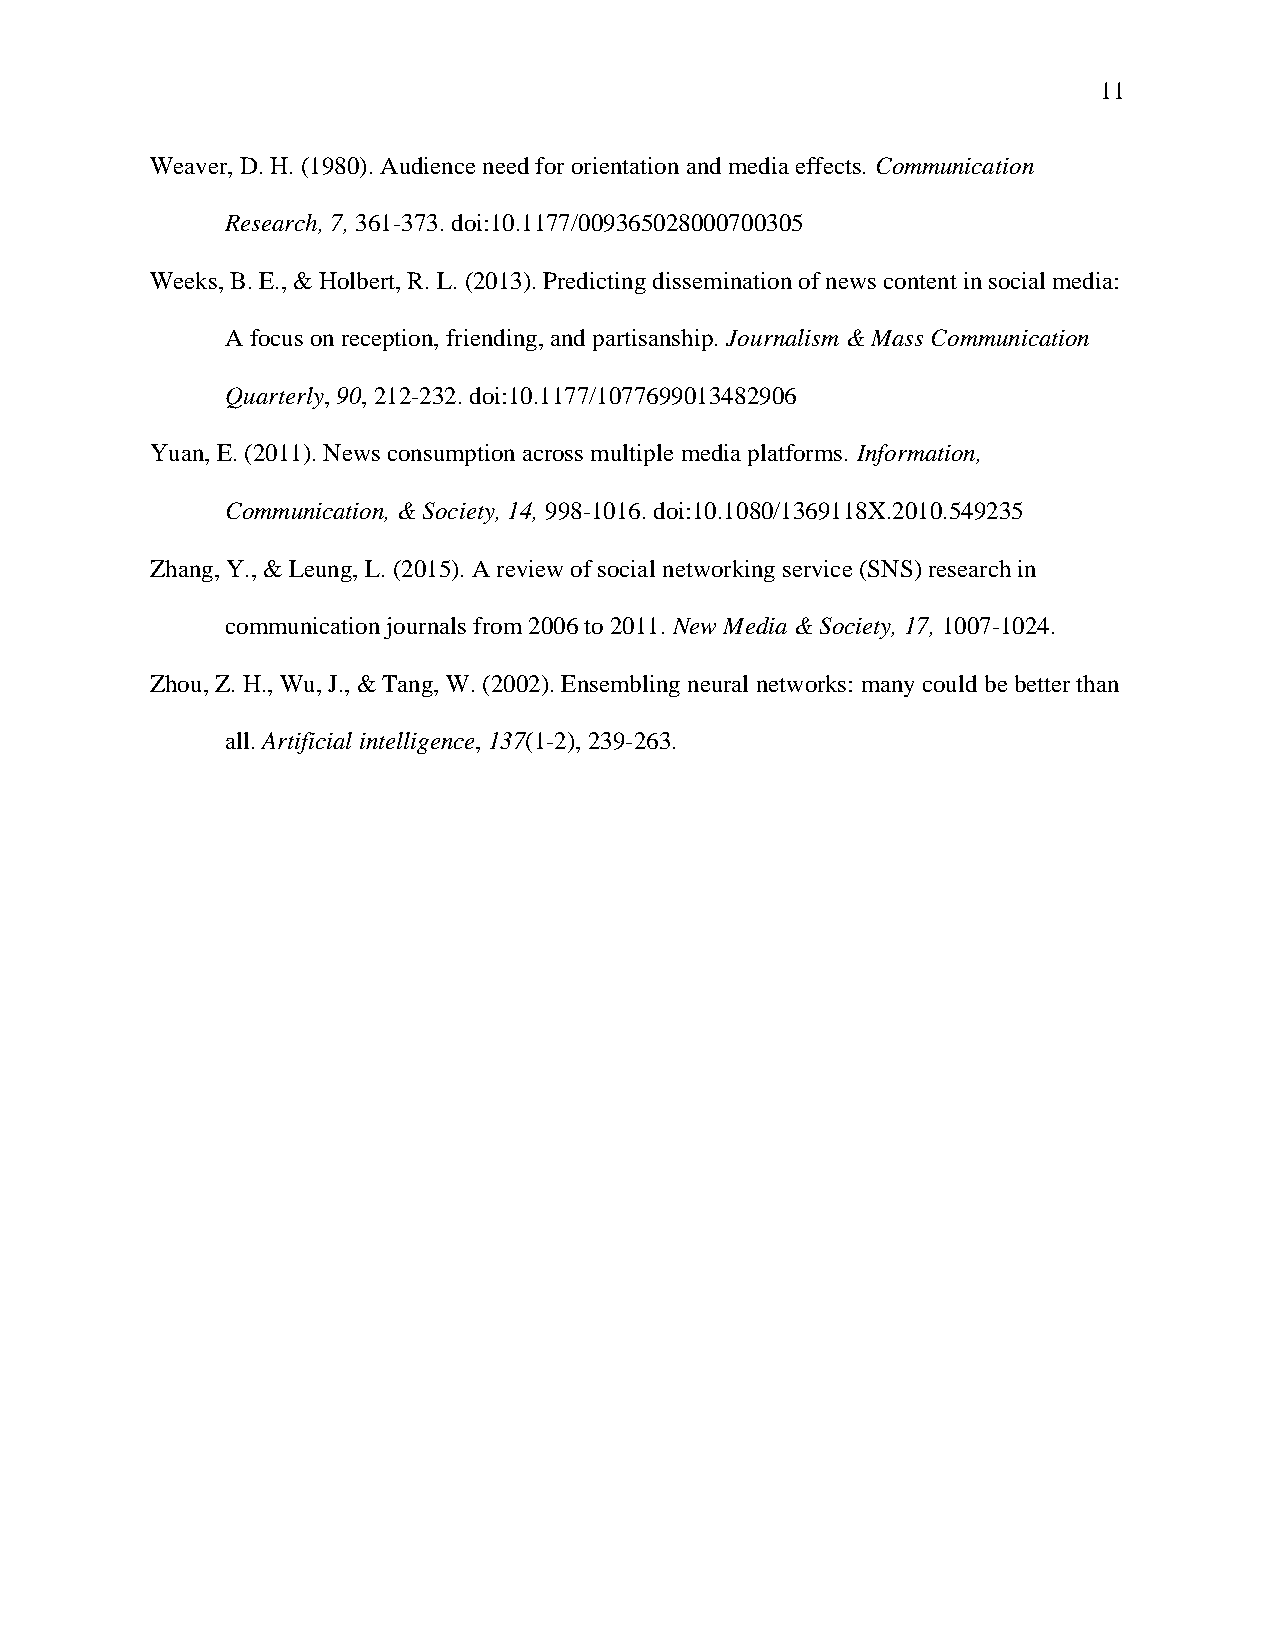
11
 Weaver, D. H. (1980). Audience need for orientation and media effects. Communication
 Research, 7, 361-373. doi:10.1177/009365028000700305
 Weeks, B. E., & Holbert, R. L. (2013). Predicting dissemination of news content in social media:
 A focus on reception, friending, and partisanship. Journalism & Mass Communication
 Quarterly, 90, 212-232. doi:10.1177/1077699013482906
 Yuan, E. (2011). News consumption across multiple media platforms. Information,
 Communication, & Society, 14, 998-1016. doi:10.1080/1369118X.2010.549235
 Zhang, Y., & Leung, L. (2015). A review of social networking service (SNS) research in
 communication journals from 2006 to 2011. New Media & Society, 17, 1007-1024.
 Zhou, Z. H., Wu, J., & Tang, W. (2002). Ensembling neural networks: many could be better than
 all. Artificial intelligence, 137(1-2), 239-263.